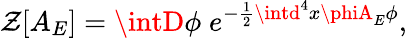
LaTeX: \mathcal{Z}[A_{E}]=\intD\phi\; e^{-\frac{{1}}{{2}}\intd^{4}x\phiA_{E}\phi},